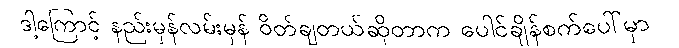
ဒါ့ကြောင့် နည်းမှန်လမ်းမှန် ဝိတ်ချတယ်ဆိုတာက ပေါင်ချိန်စက်ပေါ်မှာ